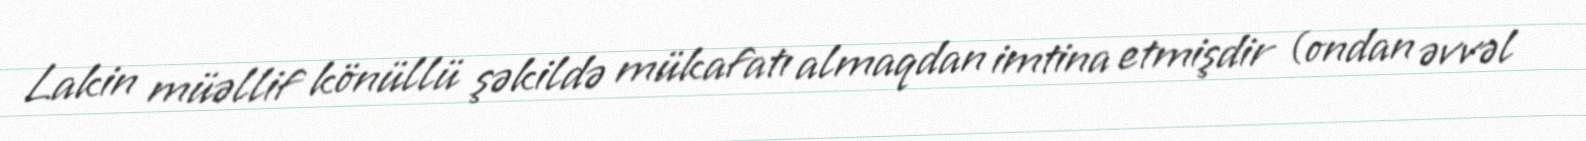
Lakin müəllif könüllü şəkildə mükafatı almaqdan imtina etmişdir (ondan əvvəl